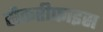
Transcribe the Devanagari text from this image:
सैकरीफाइस